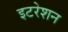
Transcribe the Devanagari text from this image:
इटरेशन